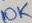
Text: 10K